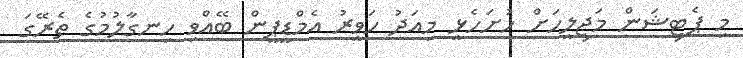
މި ޕެޓިޝަން މަޖިލީހަށް ހުށަހެޅީ މިއަދު ހަވީރު އެމްޑީޕީން ބޭއްވި ހިނގާލުމުގެ ތެރޭގަ